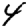
Digit: 4